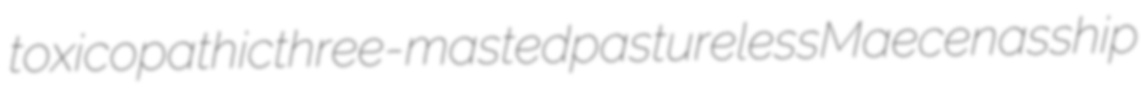
toxicopathic three-masted pastureless Maecenasship